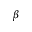
\beta